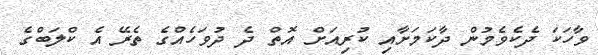
ވާހަކަ ދެކެވެމުން ދާކަމަށާއި ކުރިއަށް އޮތް ދެ ދުވަހެއްގެ ތެރޭ އެ ކްލަބްގެ